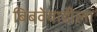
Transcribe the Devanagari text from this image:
बिबवेवाडीला